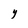
Character: Y